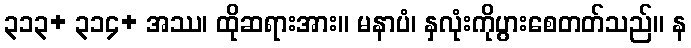
၃၁၃+ ၃၁၄+ အဿ၊ ထိုဆရားအား။ မနာပံ၊ နှလုံးကိုပွားစေတတ်သည်။ န